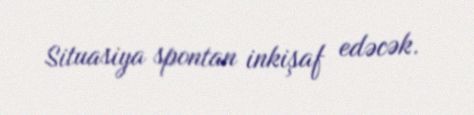
Situasiya spontan inkişaf edəcək.